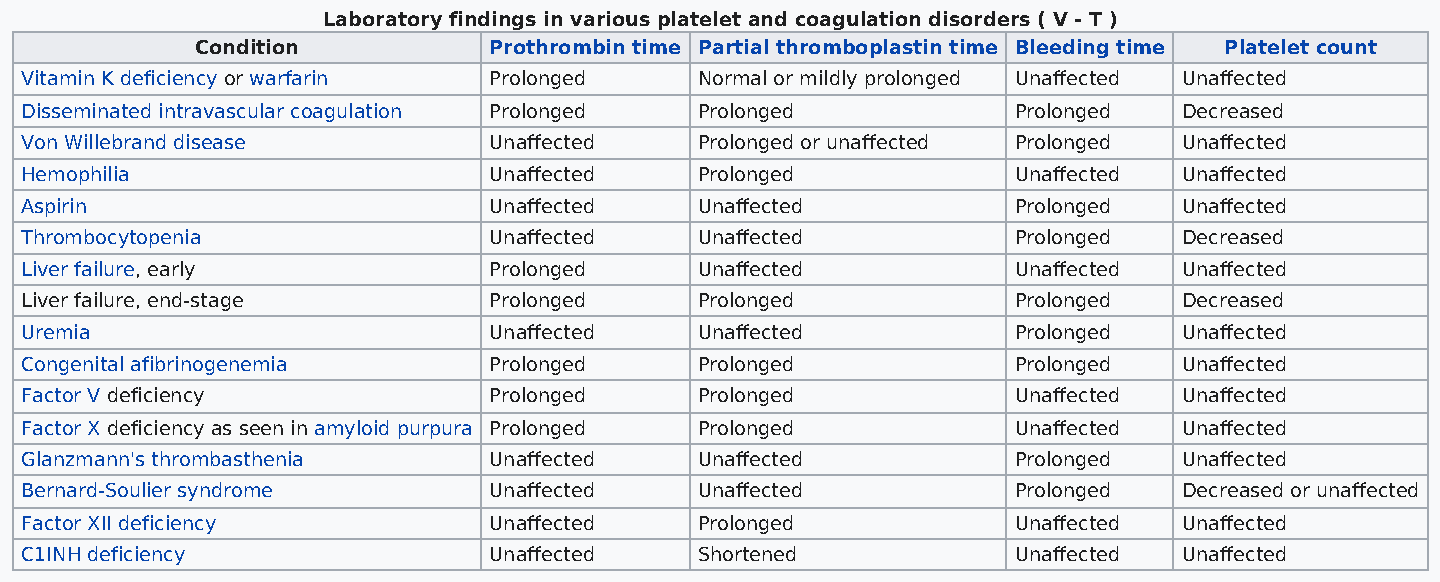
Laboratory findings in various platelet and coagulation disorders ( V - T )
 Condition          Prothrombin time Partial thromboplastin time Bleeding time Platelet count
 Vitamin K deficiency or warfarin Prolonged   Normal or mildly prolonged Unaffected Unaffected
 Disseminated intravascular coagulation Prolonged Prolonged        Prolonged  Decreased
 Von Willebrand disease         Unaffected    Prolonged or unaffected Prolonged Unaffected
 Hemophilia                     Unaffected    Prolonged            Unaffected Unaffected
 Aspirin                        Unaffected    Unaffected           Prolonged  Unaffected
 Thrombocytopenia               Unaffected    Unaffected           Prolonged  Decreased
 Liver failure, early           Prolonged     Unaffected           Unaffected Unaffected
 Liver failure, end-stage       Prolonged     Prolonged            Prolonged  Decreased
 Uremia                         Unaffected    Unaffected           Prolonged  Unaffected
 Congenital afibrinogenemia     Prolonged     Prolonged            Prolonged  Unaffected
 Factor V deficiency            Prolonged     Prolonged            Unaffected Unaffected
 Factor X deficiency as seen in amyloid purpura Prolonged Prolonged Unaffected Unaffected
 Glanzmann's thrombasthenia     Unaffected    Unaffected           Prolonged  Unaffected
 Bernard-Soulier syndrome       Unaffected    Unaffected           Prolonged  Decreased or unaffected
 Factor XII deficiency          Unaffected    Prolonged            Unaffected Unaffected
 C1INH deficiency               Unaffected    Shortened            Unaffected Unaffected